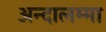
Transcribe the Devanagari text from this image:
अन्दालम्मा